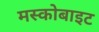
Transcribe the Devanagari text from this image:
मस्कोबाइट